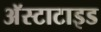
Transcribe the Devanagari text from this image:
अॅस्टाटाइड